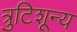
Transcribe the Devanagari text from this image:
त्रुटिशून्य